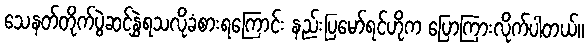
သေနတ်တိုက်ပွဲဆင်နွှဲရသလိုခံစားရကြောင်း နည်းပြမော်ရင်ဟိုက ပြောကြားလိုက်ပါတယ်။